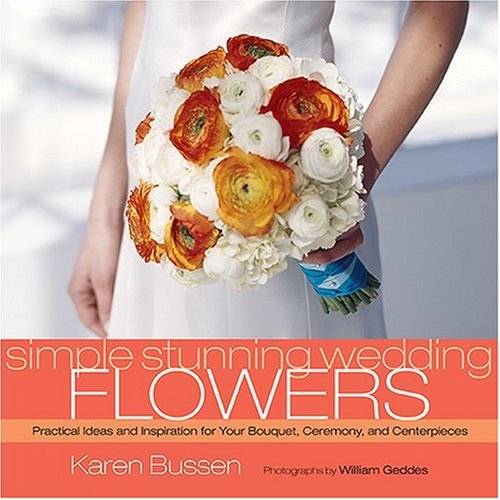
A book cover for Simple Stunning Wedding Flowers; Karen Bussen; Crafts, Hobbies & Home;